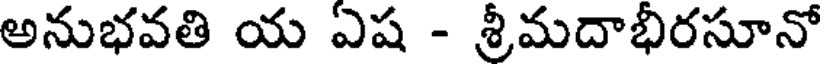
అనుభవతి య ఏష - శ్రీమదాభీరసూనో